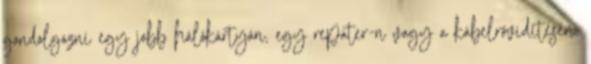
gondolgozni egy jobb hálókártyán, egy repater-n vagy a kábelrövidítésén.